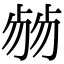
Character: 𠨂